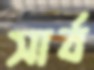
সার্ব